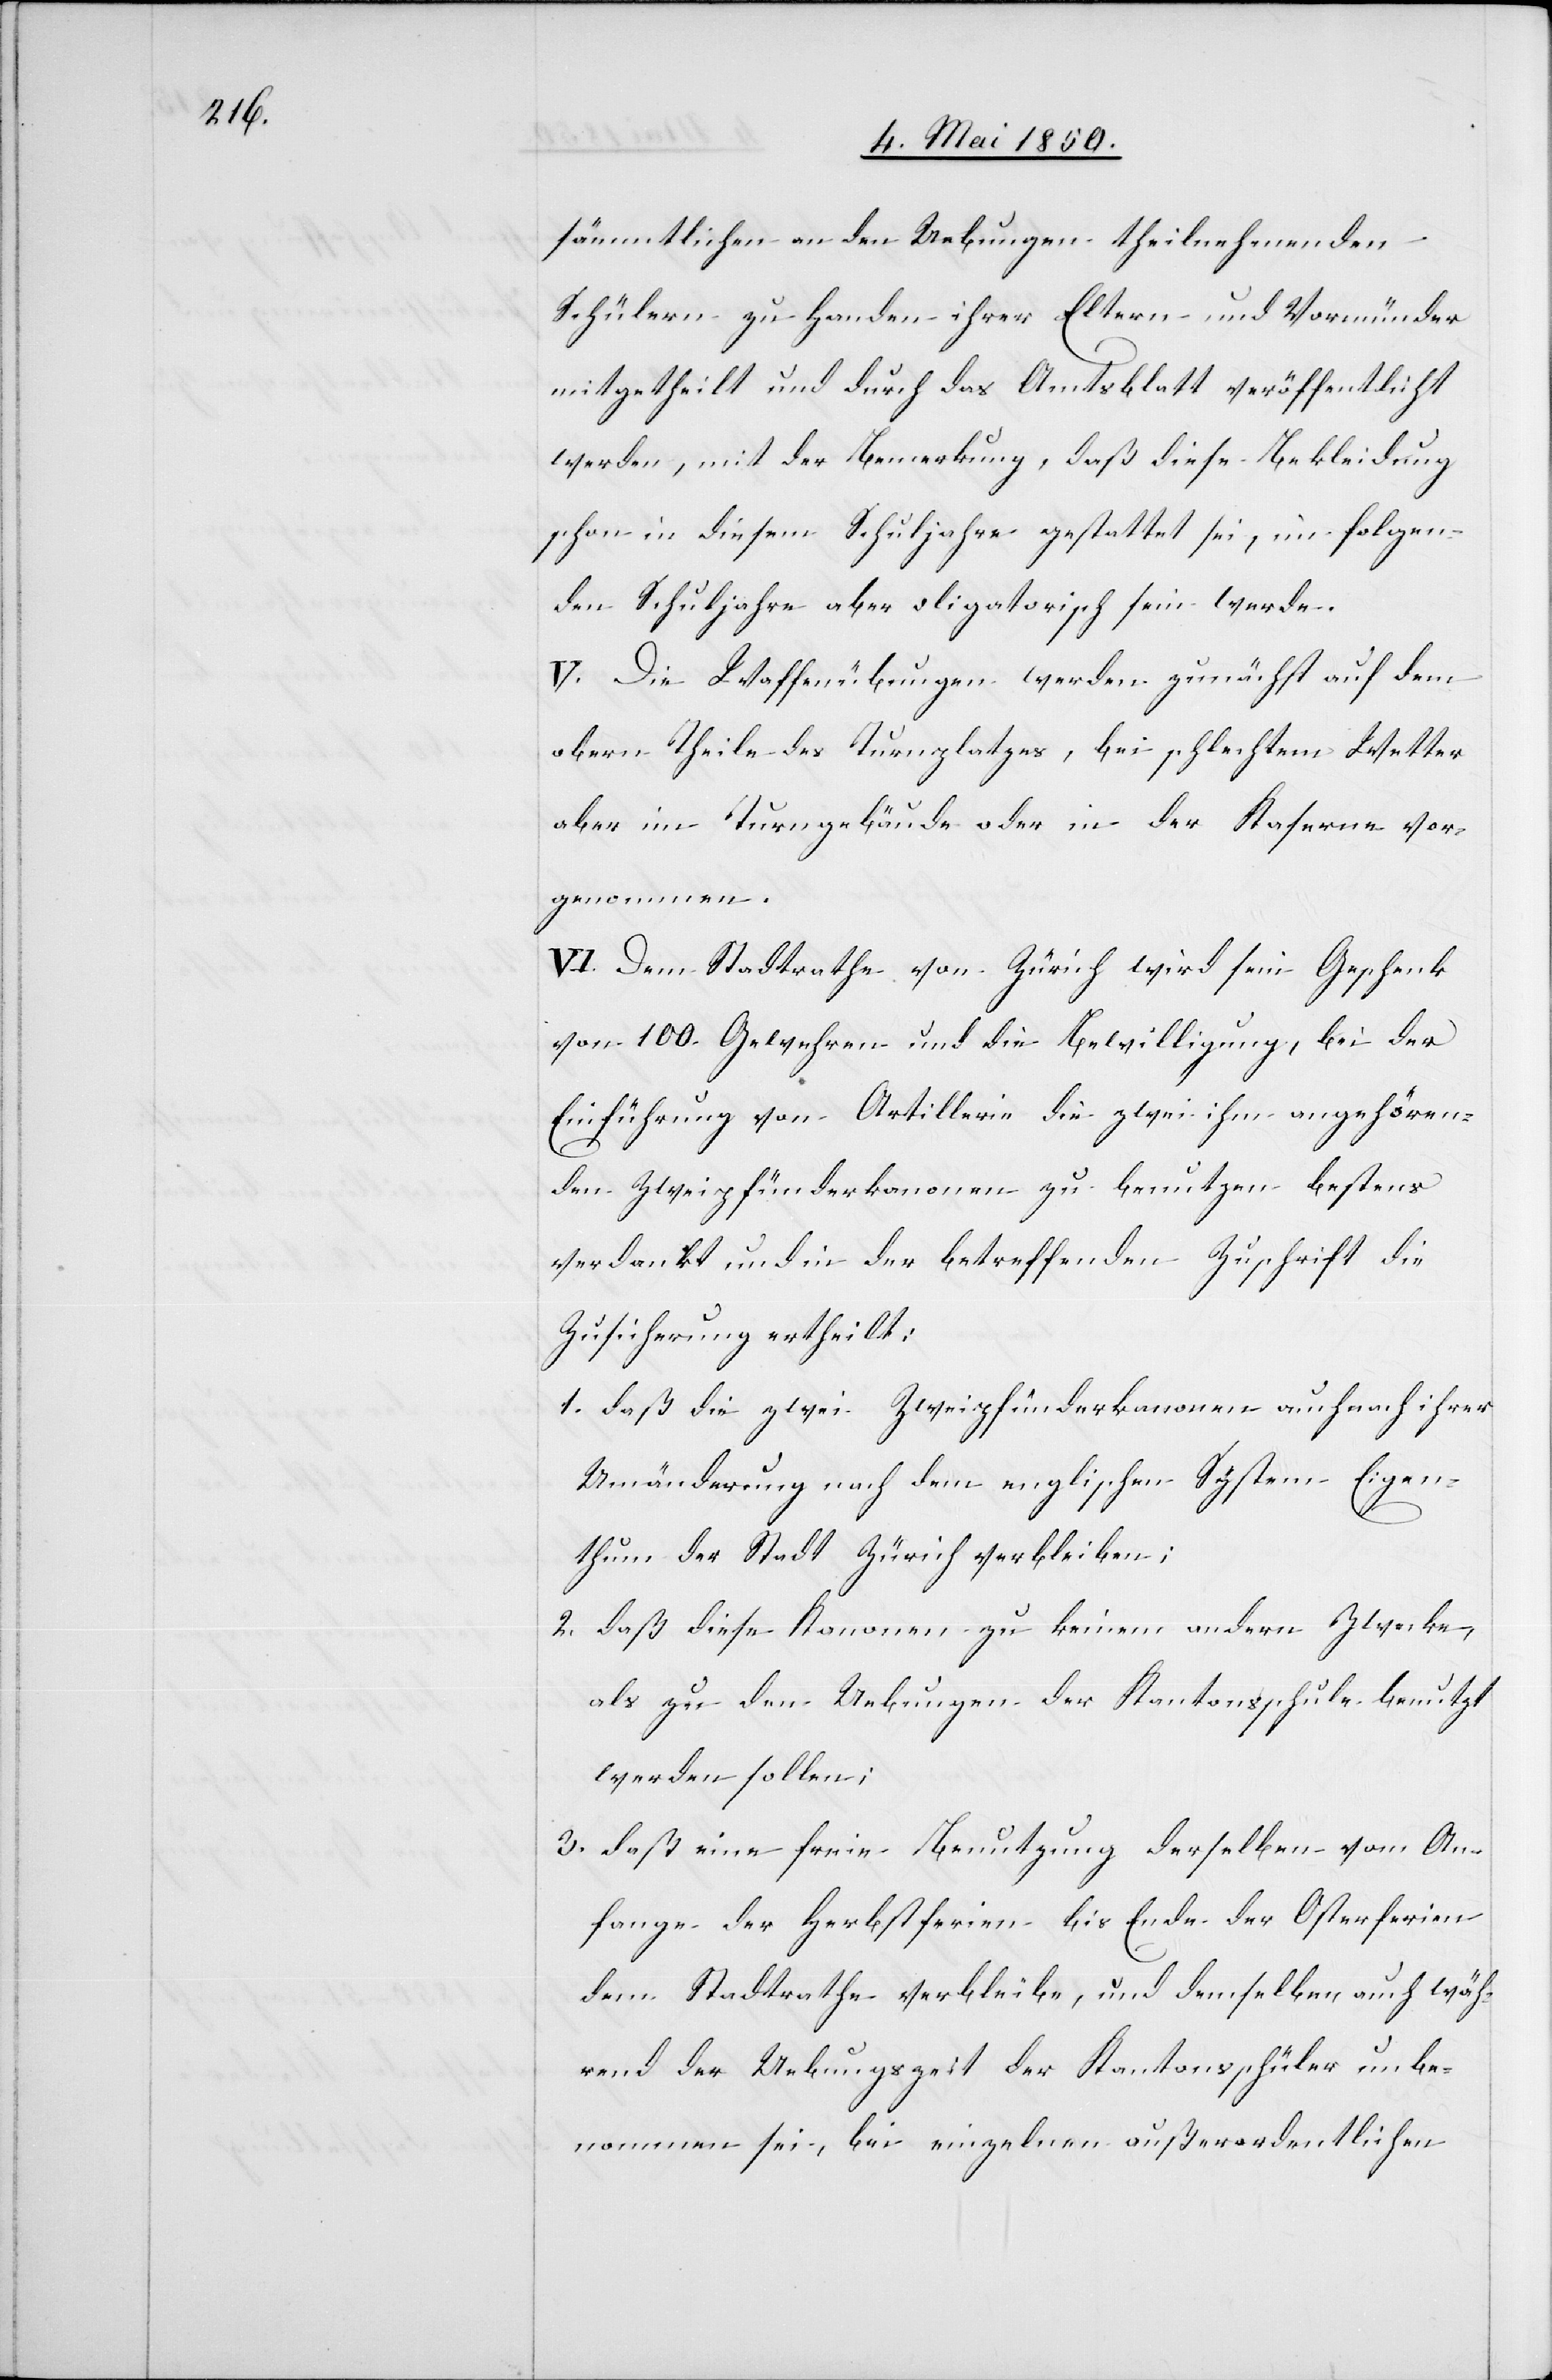
sämmtlichen an den Uebungen theilnehmenden
Schülern zu Handen ihrer Eltern und Vormünder
mitgetheilt und durch das Amtsblatt veröffentlicht
werden, mit der Bemerkung, daß diese Bekleidung
schon in diesem Schuljahre gestattet sei, im folgen¬
den Schuljahre aber obligatorisch sein werde.
V. Die Waffenübungen werden zunächst auf dem
obern Theile des Turnplatzes, bei schlechtem Wetter
oben im Turngebäude oder in der Kaserne vor¬
genommen.
VI. Dem Stadtrathe von Zürich wird sein Geschenk
von 100. Gewehren und die Bewilligung, bei der
Einführung von Artillerie die zwei ihm angehören¬
den Zweipfünderkanonen zu benutzen bestens
verdankt und in der betreffenden Zuschrift die
Zusicherung ertheilt:
1. daß die zwei Zweipfünderkanonen auch nach ihrer
Umänderung nach dem englischen System Eigen¬
thum der Stadt Zürich verbleiben;
2. daß diese Kanonen zu keinem andern Zwecke,
als zu den Uebungen der Kantonsschule benutzt
werden sollen;
3. daß eine freie Benutzung derselben vom An¬
fange der Herbstferien bis Ende der Osterferien
dem Stadtrathe verbleibe, und demselben auch wäh¬
rend der Uebungszeit der Kantonsschüler unbe¬
nommen sei, bei einzelnen außerordentlichen